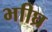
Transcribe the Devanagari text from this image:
भाीघ्र